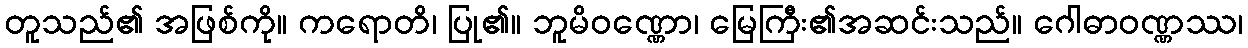
တူသည်၏ အဖြစ်ကို။ ကရောတိ၊ ပြု၏။ ဘူမိဝဏ္ဏော၊ မြေကြီး၏အဆင်းသည်။ ဂေါဓာဝဏ္ဏဿ၊